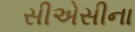
સીએસીના